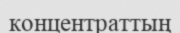
концентраттың